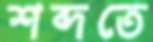
শব্দতে